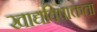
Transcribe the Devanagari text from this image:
खाद्यविषाक्तता